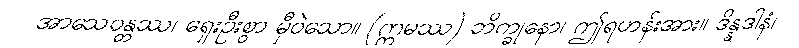
အာသေဝန္တဿ၊ ရှေးဦးစွာ မှီဝဲသော။ (ဣမဿ) ဘိက္ခုနော၊ ဤရဟန်းအား။ ဒိန္နဒါနံ၊